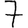
Digit: 7